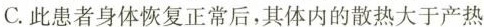
C.此患者身体恢复正常后，其体内的散热大于产热